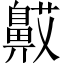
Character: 𬹯